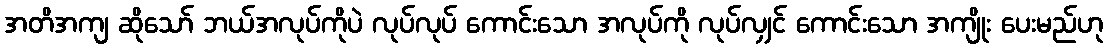
အတိအကျ ဆိုသော် ဘယ်အလုပ်ကိုပဲ လုပ်လုပ် ကောင်းသော အလုပ်ကို လုပ်လျှင် ကောင်းသော အကျိုး ပေးမည်ဟု